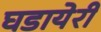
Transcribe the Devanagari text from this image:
घडायेरी